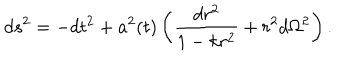
d s ^ { 2 } = - d t ^ { 2 } + a ^ { 2 } ( t ) \left( \frac { d r ^ { 2 } } { 1 - k r ^ { 2 } } + r ^ { 2 } d \Omega ^ { 2 } \right) .